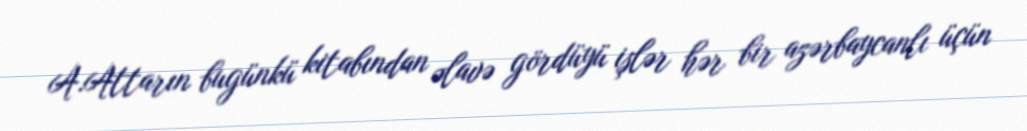
A.Attarın bugünkü kitabından əlavə gördüyü işlər hər bir azərbaycanlı üçün